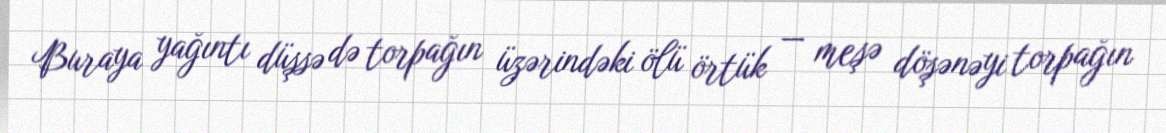
Buraya yağıntı düşsə də torpağın üzərindəki ölü örtük — meşə döşənəyi torpağın